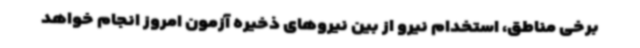
برخی مناطق، استخدام نیرو از بین نیروهای ذخیره آزمون امروز انجام خواهد